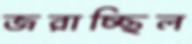
জরাচ্ছিল